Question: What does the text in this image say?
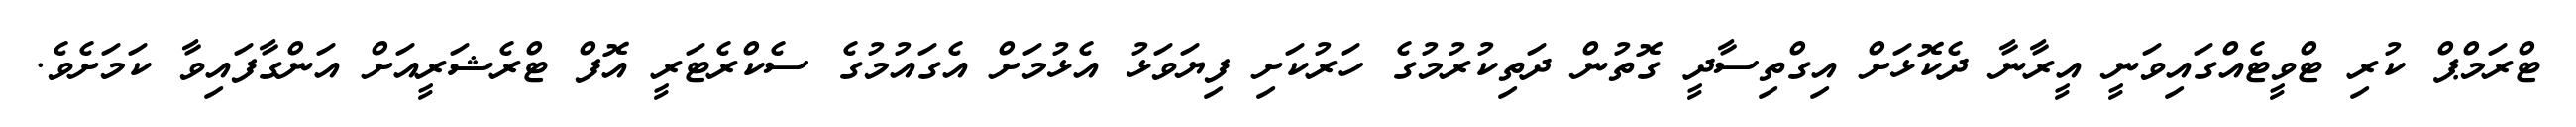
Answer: ޓްރަމްޕް ކުރި ޓްވީޓެއްގައިވަނީ އީރާނާ ދެކޮޅަށް އިގްތިސާދީ ގޮތުން ދަތިކުރުމުގެ ހަރުކަށި ފިޔަވަޅު އެޅުމަށް އެގައުމުގެ ސެކްރެޓަރީ އޮފް ޓްރެޝަރީއަށް އަންގާފައިވާ ކަމަށެވެ.